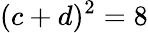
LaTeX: (c+d)^{2}=8